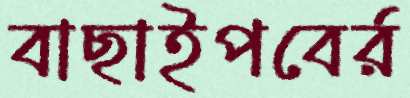
বাছাইপবের্র